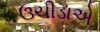
ઉચીડાએ